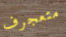
متعجرف